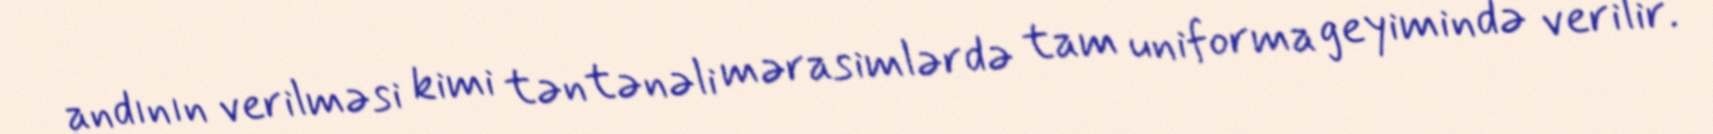
andının verilməsi kimi təntənəli mərasimlərdə tam uniforma geyimində verilir.